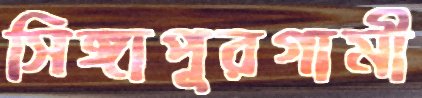
সিঙ্গাপুরগামী